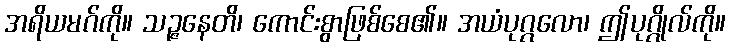
အရိယမဂ်ကို။ သဉ္ဇနေတိ၊ ကောင်းစွာဖြစ်စေ၏။ အယံပုဂ္ဂလော၊ ဤပုဂ္ဂိုလ်ကို။